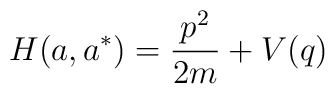
H(a,a^*)={{p^2}\over{2m}}+V(q)